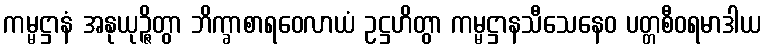
ကမ္မဋ္ဌာနံ အနုယုဉ္ဇိတွာ ဘိက္ခာစာရဝေလာယံ ဥဋ္ဌဟိတွာ ကမ္မဋ္ဌာနသီသေနေဝ ပတ္တစီဝရမာဒါယ